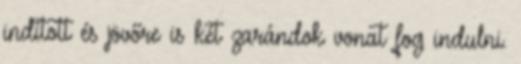
indított és jövőre is két zarándok vonat fog indulni.